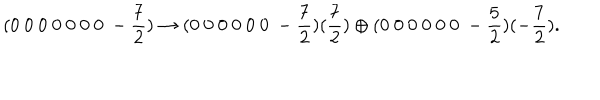
LaTeX: ( 0 ~ 0 ~ 0 ~ 0 ~ 0 ~ 0 ~ 0 ~ - \frac { 7 } { 2 } ) \rightarrow ( 0 ~ 0 ~ 0 ~ 0 ~ 0 ~ 0 ~ - \frac { 7 } { 2 } ) ( \frac { 7 } { 2 } ) \oplus ( 0 ~ 0 ~ 0 ~ 0 ~ 0 ~ 0 ~ - \frac { 5 } { 2 } ) ( - \frac { 7 } { 2 } ) .